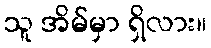
သူ အိမ်မှာ ရှိလား။